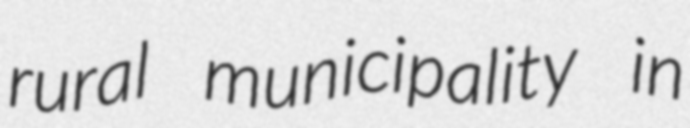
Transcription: rural municipality in